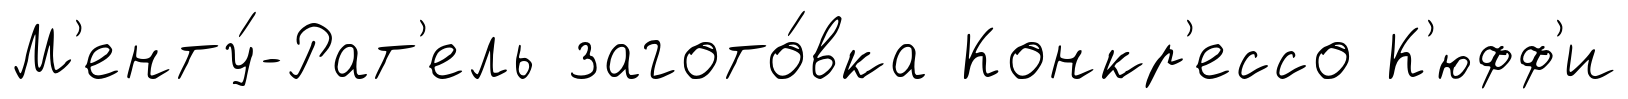
М'енту́-Рат'ель загото́вка Конкр'ессо К'юфф'и